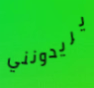
يريدونني